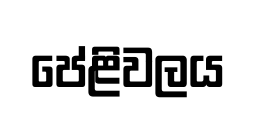
පේළිවලය